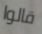
قالوا